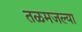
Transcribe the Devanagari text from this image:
तळमजल्या